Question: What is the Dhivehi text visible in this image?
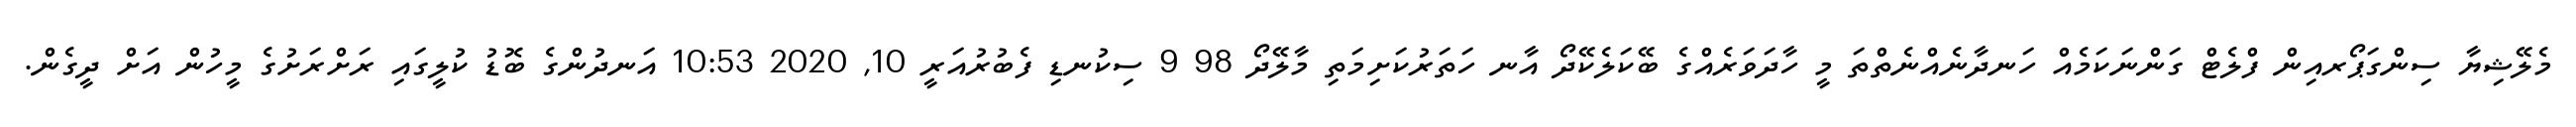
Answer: މެލޭޝިޔާ ސިންގަޕޯރއިން ފްލެޓް ގަންނަކަމެއް ހަނދާނެއްނެތްތަ މީ ހާދަވަރެއްގެ ބޭކަލެކޭދޯ އާނ ހަތަރުކަށިމަތި މާލޭދޯ 98 9 ސިކުނޑި ފެބުރުއަރީ 10, 2020 10:53 އަނދުންގެ ބޮޑު ކުލީގައި ރަށްރަށުގެ މީހުން އަށް ދީގެން.